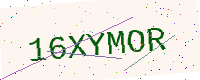
Text: 16XYMOR